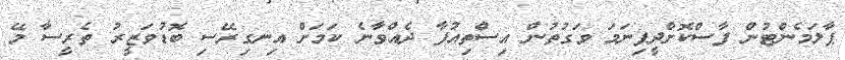
ޕާލަމެންޓުން ފާސްކޮށްދީފިނަމަ ވަގުތުން އިސްތިއުފާ ދެއްވާނެ ކަމަށް އިނގިރޭސި ބޮޑުވަޒީރު ތެރީސާ މޭ